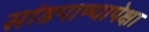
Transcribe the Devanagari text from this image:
सांडपाण्यापेक्षा